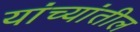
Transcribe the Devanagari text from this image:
यांच्यांतील